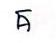
គ